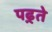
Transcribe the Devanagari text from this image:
पढ़्ते